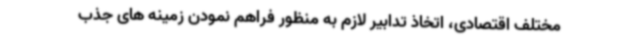
مختلف اقتصادی، اتخاذ تدابیر لازم به منظور فراهم نمودن زمینه های جذب